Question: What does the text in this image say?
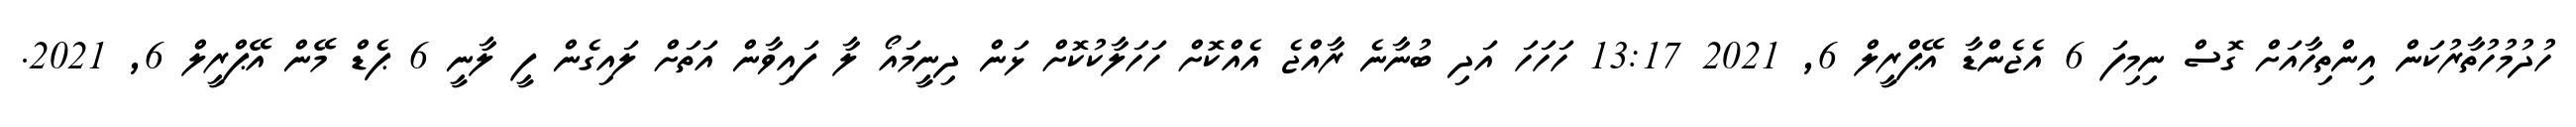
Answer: ހުދުމުހުތާރުކަން އިންތިހާއަށް ގޮސް ނިމިފަ 6 އެޖެންޑާ އޭޕްރީލް 6, 2021 13:17 ހަހަހަ އަދި ބުނާނެ ރާއްޖެ އެއްކޮށް ހަހަލާކުކޮށް ޅަން ދިނީމައޯ ލާ ފައިވާން އަތަށް ލައިގެން ފީ ލާނީ 6 ޕެޑް މޭން އޭޕްރީލް 6, 2021.